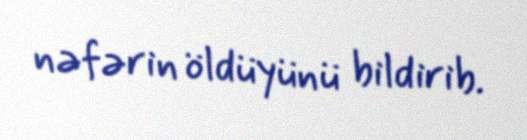
nəfərin öldüyünü bildirib.